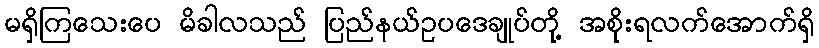
မရှိကြသေးပေ မိခါလသည် ပြည်နယ်ဥပဒေချုပ်တို့ အစိုးရလက်အောက်ရှိ